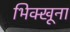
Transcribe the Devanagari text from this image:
भिक्खूना